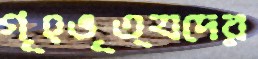
গৃহভৃত্যদের